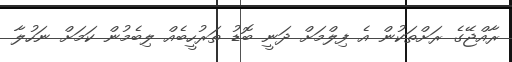
ރާއްޖޭގެ ރަށްތަކުން އެ ފިލްމަށް ދަނީ ބޮޑު ތަރުހީބެއް ލިބެމުން ކަމަށް ނަހުލާ